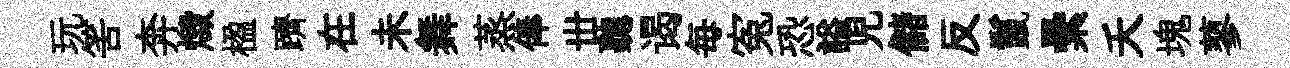
玩筈奔燬楹躋在未舞蒸俸丗聽谒毎寃恐謚児儲反鬣纍夭塊蓼